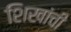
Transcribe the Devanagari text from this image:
शिखांची